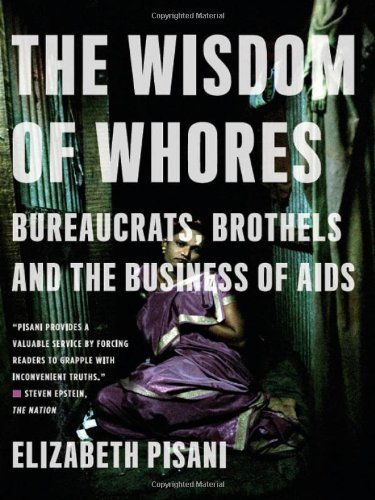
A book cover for The Wisdom of Whores: Bureaucrats, Brothels and the Business of AIDS; Elizabeth Pisani; Medical Books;